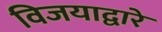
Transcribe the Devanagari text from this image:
विजयाद्वारे